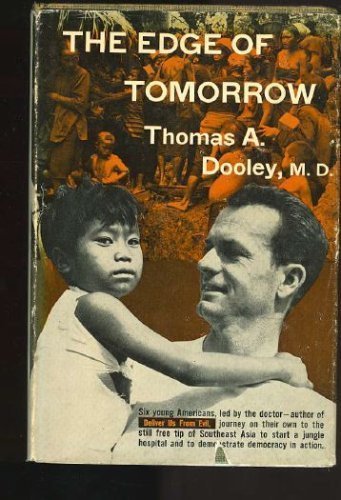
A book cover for The Edge of Tomorrow; Thomas Anthony Dooley; Travel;